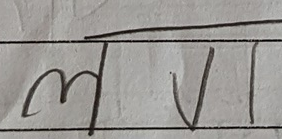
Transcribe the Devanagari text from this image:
लवु।